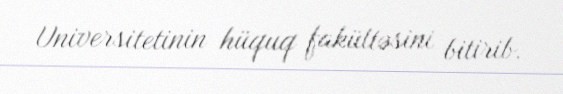
Universitetinin hüquq fakültəsini bitirib.